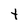
Character: T